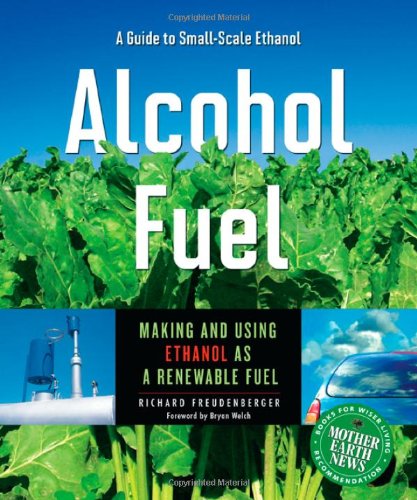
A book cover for Alcohol Fuel: A Guide to Making and Using Ethanol as a Renewable Fuel (Books for Wiser Living from Mother Earth News); Richard Freudenberger; Sports & Outdoors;